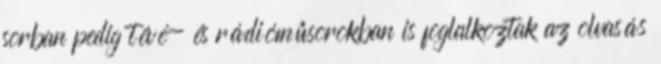
sorban pedig tévé- és rádióműsorokban is foglalkoztak az olvasás